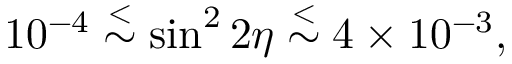
1 0 ^ { - 4 } \stackrel { < } { \sim } \sin ^ { 2 } 2 \eta \stackrel { < } { \sim } 4 \times 1 0 ^ { - 3 } ,